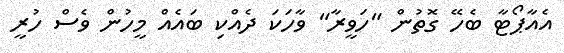
އެއާޕޯޓާ ބެހޭ ގޮތުން "ހަވީރާ" ވާހަކަ ދެއްކި ބައެއް މީހުން ވެސް ހުރީ